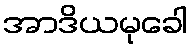
အာဒိယမုခေါ